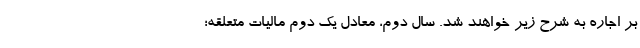
بر اجاره به شرح زیر خواهند شد. سال دوم، معادل یک دوم مالیات متعلقه؛